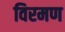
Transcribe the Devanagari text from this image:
विरमण